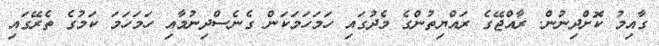
ގާއިމު ކޮށްދިނުން. ރާއްޖޭގެ ރައްޔިތުންގެ މެދުގައި ހަމަހަމަކަން ގެނެސްދިނުމާއި ހަމަހަމަ ކަމުގެ ތެރޭގައި